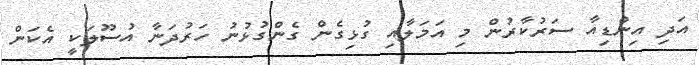
އަދި އިންޑިއާ ސަރުކާރުން މި އަމަލާއި ގުޅިގެން ގެންގުޅުނު ހަރުދަނާ އުސޫލަކީ އެކަން